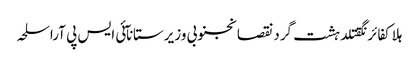
ہلاکفائرنگقتلدہشت گردنقصانجنوبی وزیرستانآئی ایس پی آراسلحہ